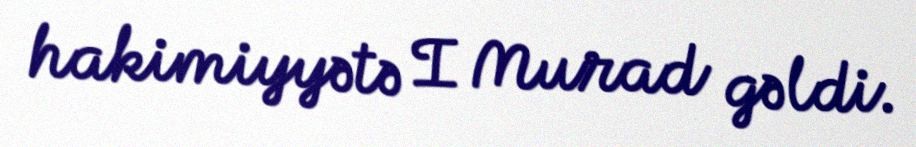
hakimiyyətə I Murad gəldi.